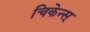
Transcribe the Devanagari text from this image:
चिकेन्स्